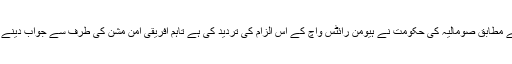
خبر رساں ادارے روئٹرز کے مطابق صومالیہ کی حکومت نے ہیومن رائٹس واچ کے اس الزام کی تردید کی ہے تاہم افریقی امن مشن کی طرف سے جواب دینے کے لیے کوئی مل نہیں سکا۔